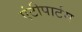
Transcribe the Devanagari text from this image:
एंटीपार्टम